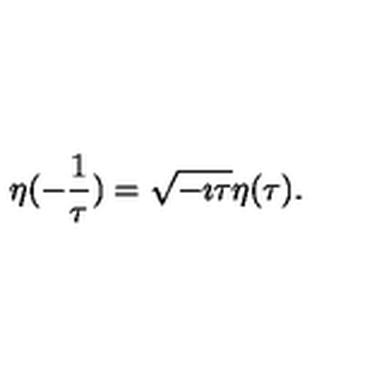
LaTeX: \eta ( - \frac 1 \tau ) = \sqrt { - \imath \tau } \eta ( \tau ) .